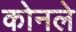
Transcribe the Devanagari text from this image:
कोनले